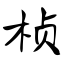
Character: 桢